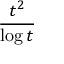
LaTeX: \frac { t ^ { 2 } } { \log t }